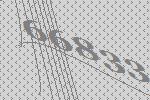
66833